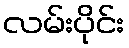
လမ်းပိုင်း